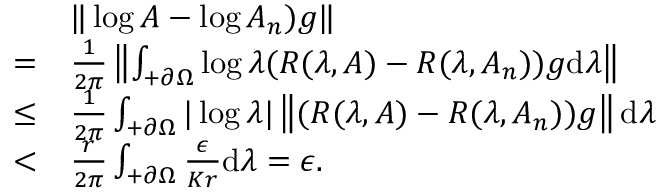
\begin{array} { r l } & { \| \log A - \log A _ { n } ) g \| } \\ { = } & { \frac { 1 } { 2 \pi } \left\| \int _ { + \partial \Omega } \log \lambda ( R ( \lambda , A ) - R ( \lambda , A _ { n } ) ) g \mathrm { d } \lambda \right\| } \\ { \le } & { \frac { 1 } { 2 \pi } \int _ { + \partial \Omega } | \log \lambda | \left\| ( R ( \lambda , A ) - R ( \lambda , A _ { n } ) ) g \right\| \mathrm { d } \lambda } \\ { < } & { \frac { r } { 2 \pi } \int _ { + \partial \Omega } \frac { \epsilon } { K r } \mathrm { d } \lambda = \epsilon . } \end{array}